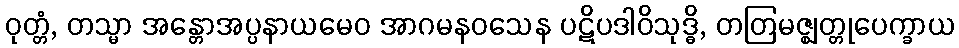
ဝုတ္တံ, တသ္မာ အန္တောအပ္ပနာယမေဝ အာဂမနဝသေန ပဋိပဒါဝိသုဒ္ဓိ, တတြမဇ္ဈတ္တုပေက္ခာယ